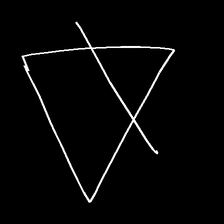
Glyph: empower